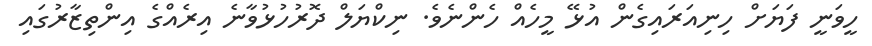
ހީވަނީ ފަޔަށް ހިނިއަރައިގެން އުޅޭ މީހެއް ހެންނެވެ. ނިކްޔަލް ދޮރުހުޅުވާނެ އިރެއްގެ އިންތިޒާރުގައި